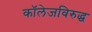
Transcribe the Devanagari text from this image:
कॉलेजविरुद्ध